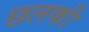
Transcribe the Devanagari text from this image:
छलकी